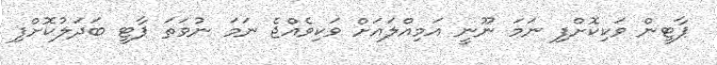
ޕާޓީން ވަކިކޮށްފި ނަމަ ނޫނީ އަމިއްލައަށް ވަކިވެއްޖެ ނަމަ ނުވަތަ ޕާޓީ ބަދަލުކޮށްފި